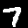
Label: 7